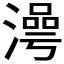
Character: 𣽺